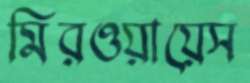
মিরওয়ায়েস